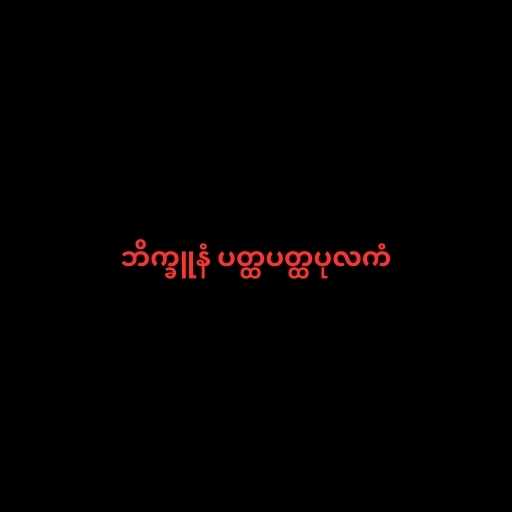
ဘိက္ခူနံ ပတ္ထပတ္ထပုလကံ